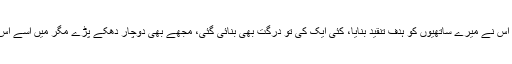
کئی بار بھرے جلسوں میں اس نے میرے ساتھیوں کو ہدفِ تنقید بنایا، کئی ایک کی تو درگت بھی بنائی گئی، مجھے بھی دوچار دھکے پڑے مگر میں اِسے اُس کی دل لگی قرار دیتا ہوں۔